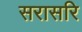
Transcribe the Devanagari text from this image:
सरासरि